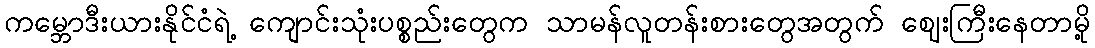
ကမ္ဘောဒီးယားနိုင်ငံရဲ့ ကျောင်းသုံးပစ္စည်းတွေက သာမန်လူတန်းစားတွေအတွက် ဈေးကြီးနေတာမို့